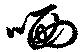
哂